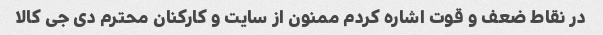
در نقاط ضعف و قوت اشاره کردم ممنون از سایت و کارکنان محترم دی جی کالا